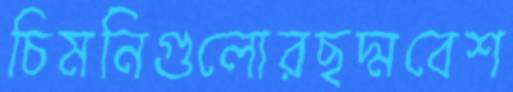
চিমনিগুলোরছদ্মবেশ